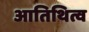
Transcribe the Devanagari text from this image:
आतिथित्व